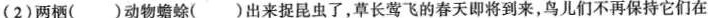
(2)两栖( )动物蟾蜍( )出来捉昆虫了，草长莺飞的春天即将到来，鸟儿们不再保持它们在